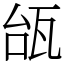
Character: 瓵